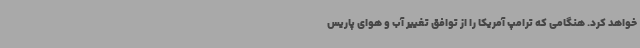
خواهد کرد. هنگامی که ترامپ آمریکا را از توافق تغییر آب و هوای پاریس